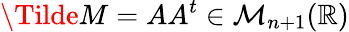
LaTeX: \Tilde{M}=AA^{t}\in\mathcal{M}_{n+1}(\mathbb{R})